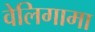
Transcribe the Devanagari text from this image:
वेलिगामा